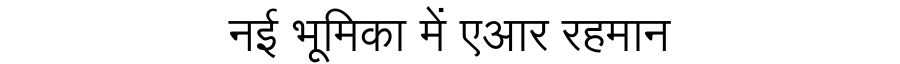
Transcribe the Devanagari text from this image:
नई भूमिका में एआर रहमान